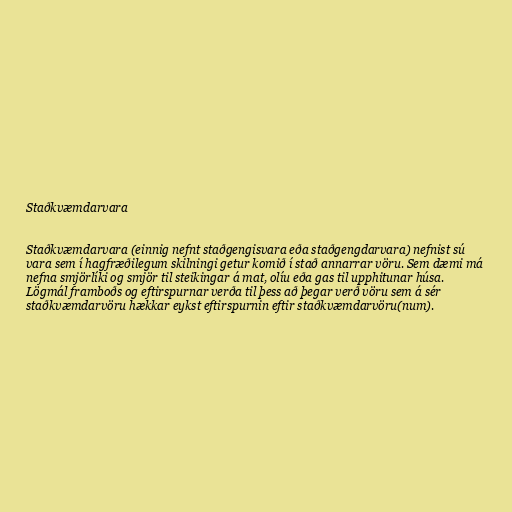
Staðkvæmdarvara

Staðkvæmdarvara (einnig nefnt staðgengisvara eða staðgengdarvara) nefnist sú
vara sem í hagfræðilegum skilningi getur komið í stað annarrar vöru. Sem dæmi má
nefna smjörlíki og smjör til steikingar á mat, olíu eða gas til upphitunar húsa.
Lögmál framboðs og eftirspurnar verða til þess að þegar verð vöru sem á sér
staðkvæmdarvöru hækkar eykst eftirspurnin eftir staðkvæmdarvöru(num).